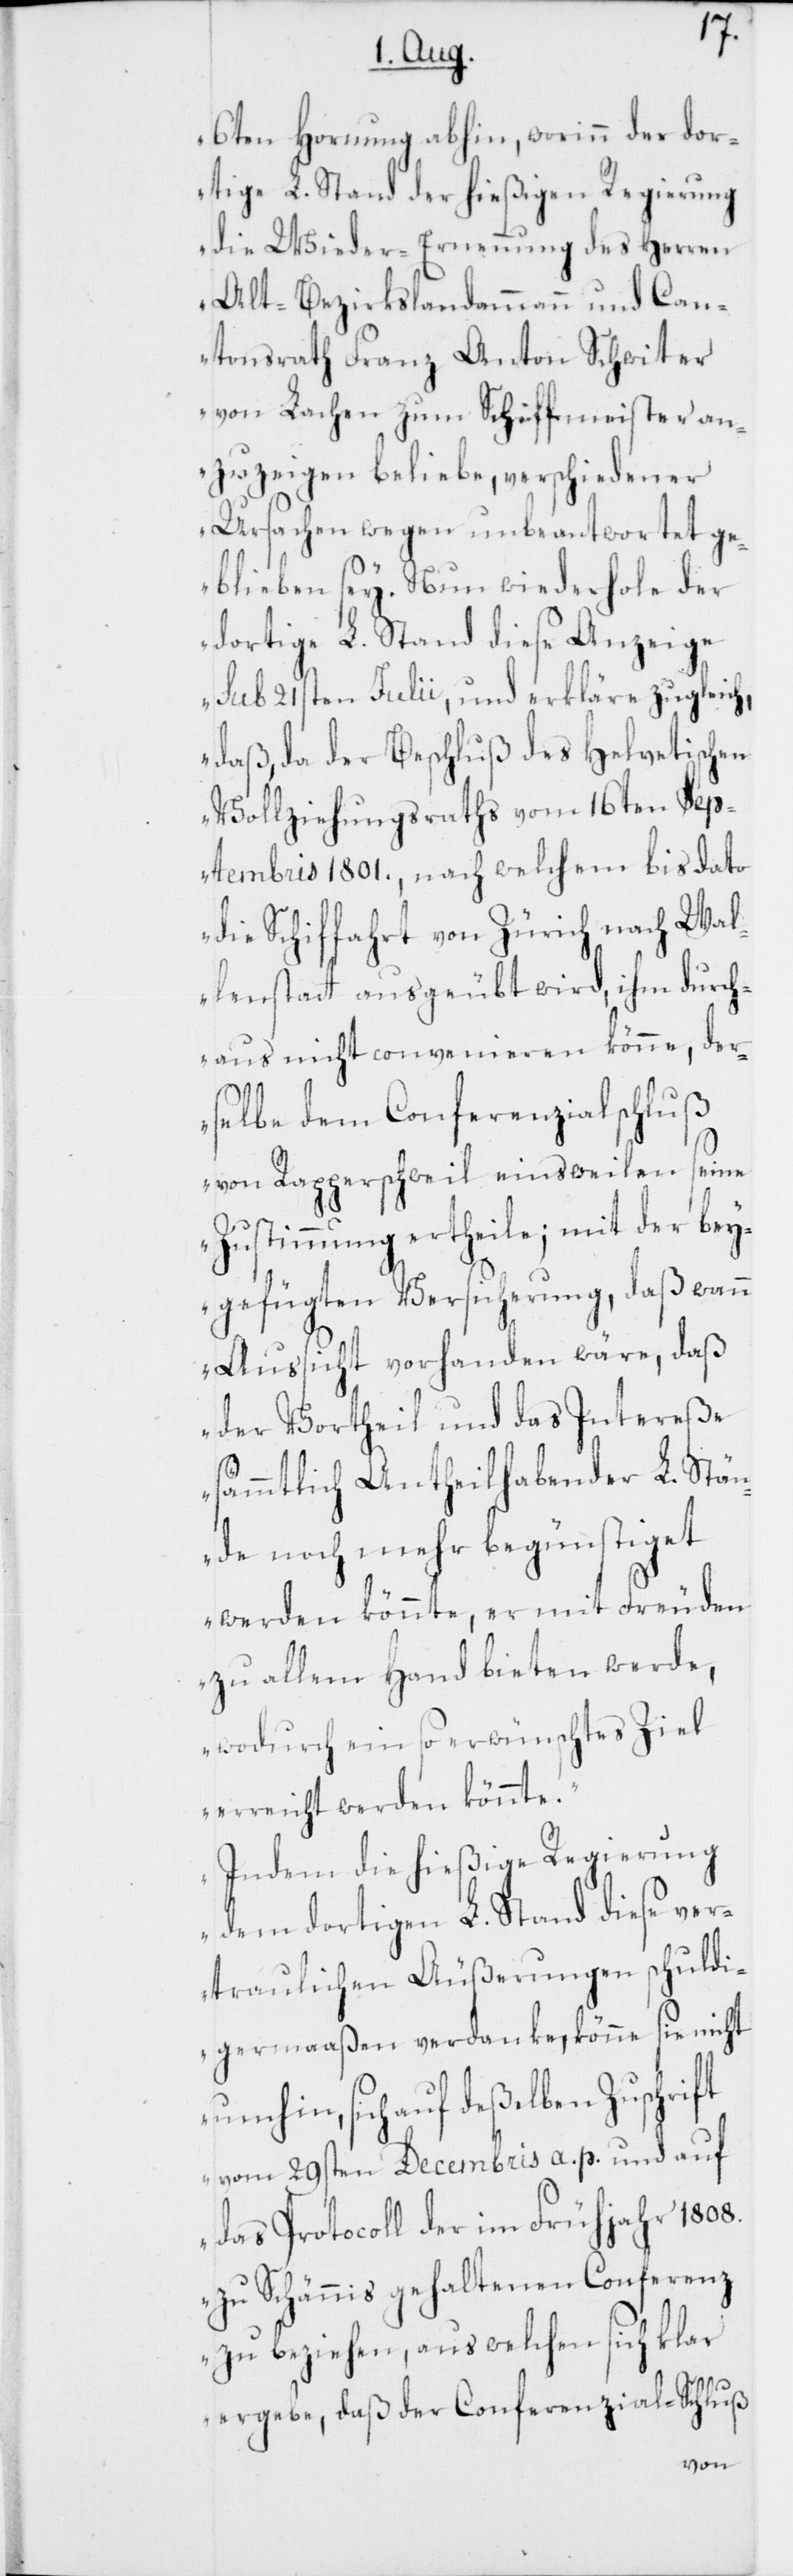
6ten Hornung abhin, worinn der dor¬
tige L. Stand der hießigen Regierung
die Wieder-Ernennung des Herren
Alt-Bezirkslandammann und Can¬
tonsrath Franz Anton Schwiter
von Lachen zum Schiffmeister an¬
zuzeigen beliebe, verschiedener
Ursachen wegen unbeantwortet ge¬
blieben sey. Nun wiederhole der
dortige L. Stand diese Anzeige
sub 21sten Julii, und erkläre zugleich,
daß, da der Beschluß des Helvetischen
Vollziehungsraths vom 16ten Sep¬
tembris 1801., nach welchem bis dato
die Schiffahrt von Zürich nach Wal¬
lenstatt ausgeübt wird, ihm durch¬
aus nicht convenieren könne, der¬
selbe dem Conferenzialschluß
von Rapperschweil einsweilen seine
Zustimmung ertheile; mit der bey¬
gefügten Versicherung, daß wann
Aussicht vorhanden wäre, daß
der Vortheil und das Intereße
sämmtlich Antheilhabender L. Stän¬
de noch mehr begünstiget
werden könnte, er mit Freuden
zu allem Hand bieten werde,
wodurch ein so erwünschtes Ziel
erreicht werden könnte.
Indem die hießige Regierung
dem dortigen L. Stand diese ver¬
traulichen Äußerungen schuldi¬
germaaßen verdanke, könne sie nicht
umhin, sich auf deßelben Zuschrift
vom 29sten Decembris a. p. und auf
das Protocoll der im Frühjahr 1808.
zu Schännis gehaltenen Conferenz
zu beziehen, aus welchen sich klar
ergebe, daß der Conferenzial-Schluß